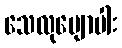
သေလုမျောပါး